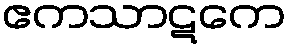
ဧကသာဋကေ